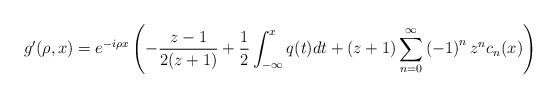
\begin{align*}g^{\prime}(\rho,x)=e^{-i\rho x}\left( -\frac{z-1}{2(z+1)}+\frac{1}{2}\int_{-\infty}^{x}q(t)dt+(z+1)\sum_{n=0}^{\infty}\left( -1\right) ^{n}z^{n}c_{n}(x)\right) \end{align*}